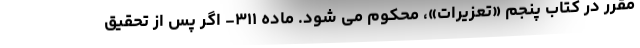
مقرر در کتاب پنجم «تعزیرات»، محکوم می شود. ماده ۳۱۱- اگر پس از تحقیق